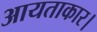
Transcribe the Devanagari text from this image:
आयताकार।